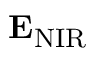
{ \bf E } _ { \mathrm { N I R } }